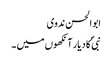
ابو الحسن ندوی
نبیؐ کا دیار آنکھوں میں ۔